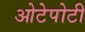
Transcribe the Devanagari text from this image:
ओटेपोटी